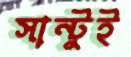
সান্টুই